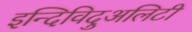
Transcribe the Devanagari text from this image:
इन्दिविदुअलिटी